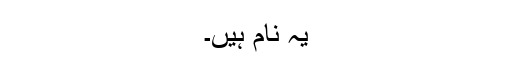
یہ نام ہیں۔